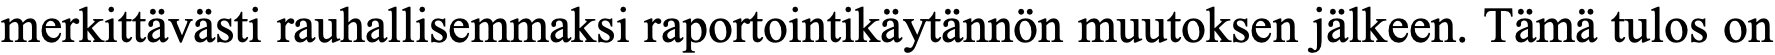
merkittävästi rauhallisemmaksi raportointikäytännön muutoksen jälkeen. Tämä tulos on